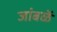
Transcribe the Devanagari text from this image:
जांबळें